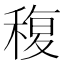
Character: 稪